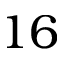
1 6